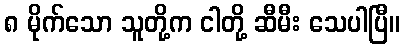
၈ မိုက်သော သူတို့က ငါတို့ ဆီမီး သေပါပြီ။